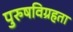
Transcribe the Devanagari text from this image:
पुरुषविग्रहता